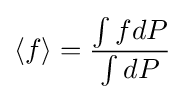
\langle f\rangle ={\frac {\int fdP}{\int dP}}